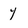
Character: y